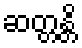
ဆတ္တန္တိ